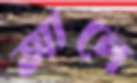
আলে